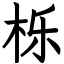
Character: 栎